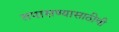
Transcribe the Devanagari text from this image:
तपासण्यासाठीची